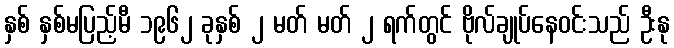
နှစ် နှစ်မပြည့်မီ ၁၉၆၂ ခုနှစ် ၂ မတ် မတ် ၂ ရက်တွင် ဗိုလ်ချုပ်နေဝင်းသည် ဦးနု